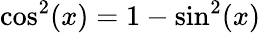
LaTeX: \cos^{2}(x)=1-\sin^{2}(x)